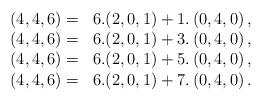
LaTeX: \begin{align*}\begin{array}{rl}(4,4,6)= & 6.(2,0,1)+1.\left(0,4,0\right),\\(4,4,6)= & 6.(2,0,1)+3.\left(0,4,0\right),\\(4,4,6)= & 6.(2,0,1)+5.\left(0,4,0\right),\\(4,4,6)= & 6.(2,0,1)+7.\left(0,4,0\right).\end{array}\end{align*}